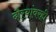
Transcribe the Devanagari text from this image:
दौर्‍यांवरही